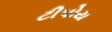
ટીપોય